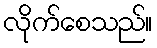
လိုက်စေသည်။